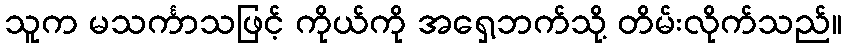
သူက မသင်္ကာသဖြင့် ကိုယ်ကို အရှေ့ဘက်သို့ တိမ်းလိုက်သည်။